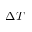
\Delta T